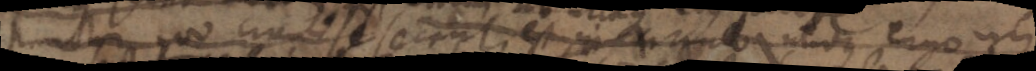
punctum quo cionese secunt, est in anto uldus ergo _